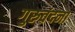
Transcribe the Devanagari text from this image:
गुरुवंदना